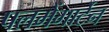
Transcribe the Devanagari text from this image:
पलमेंगार्टेन